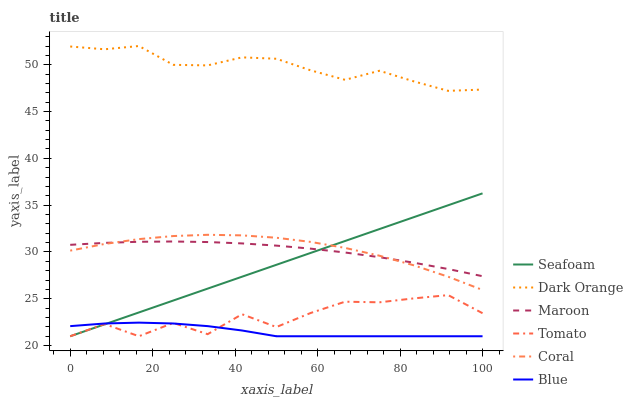
| xaxis_label | Seafoam | Dark Orange | Maroon | Tomato | Coral | Blue |
 | --- | --- | --- | --- | --- | --- | --- |
 | 0 | 21 | 51.9 | 30.8 | 21 | 30.1 | 22.1 |
 | 8.33 | 22.3 | 51.7 | 31 | 22.3 | 30.9 | 22.4 |
 | 16.7 | 23.5 | 52 | 31.1 | 21 | 31.4 | 22.5 |
 | 25 | 24.8 | 50 | 31.1 | 22.4 | 31.7 | 22.4 |
 | 33.3 | 26.1 | 49.9 | 31.1 | 21.2 | 31.8 | 22.1 |
 | 41.7 | 27.4 | 50.8 | 30.9 | 23.4 | 31.8 | 21.6 |
 | 50 | 28.6 | 50.6 | 30.7 | 22 | 31.5 | 21 |
 | 58.3 | 29.9 | 49.4 | 30.4 | 23.5 | 31.1 | 21 |
 | 66.7 | 31.2 | 48.4 | 29.9 | 24.7 | 30.4 | 21 |
 | 75 | 32.4 | 49.4 | 29.4 | 24.6 | 29.6 | 21 |
 | 83.3 | 33.7 | 48.2 | 28.9 | 25 | 28.6 | 21 |
 | 91.7 | 35 | 47.2 | 28.2 | 25.4 | 27.4 | 21 |
 | 100 | 36.3 | 47.3 | 27.4 | 23.5 | 25.9 | 21 |